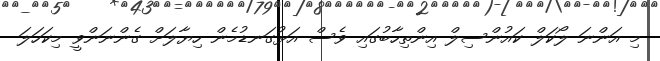
މި އަންނަ ލޯކަލް ކައުންސިލް އިންތިހާބުގައި ވެސް އަޅުގަނޑުމެން ހިޔާލަށް ގެންނަންވީ މިކަހަލަ